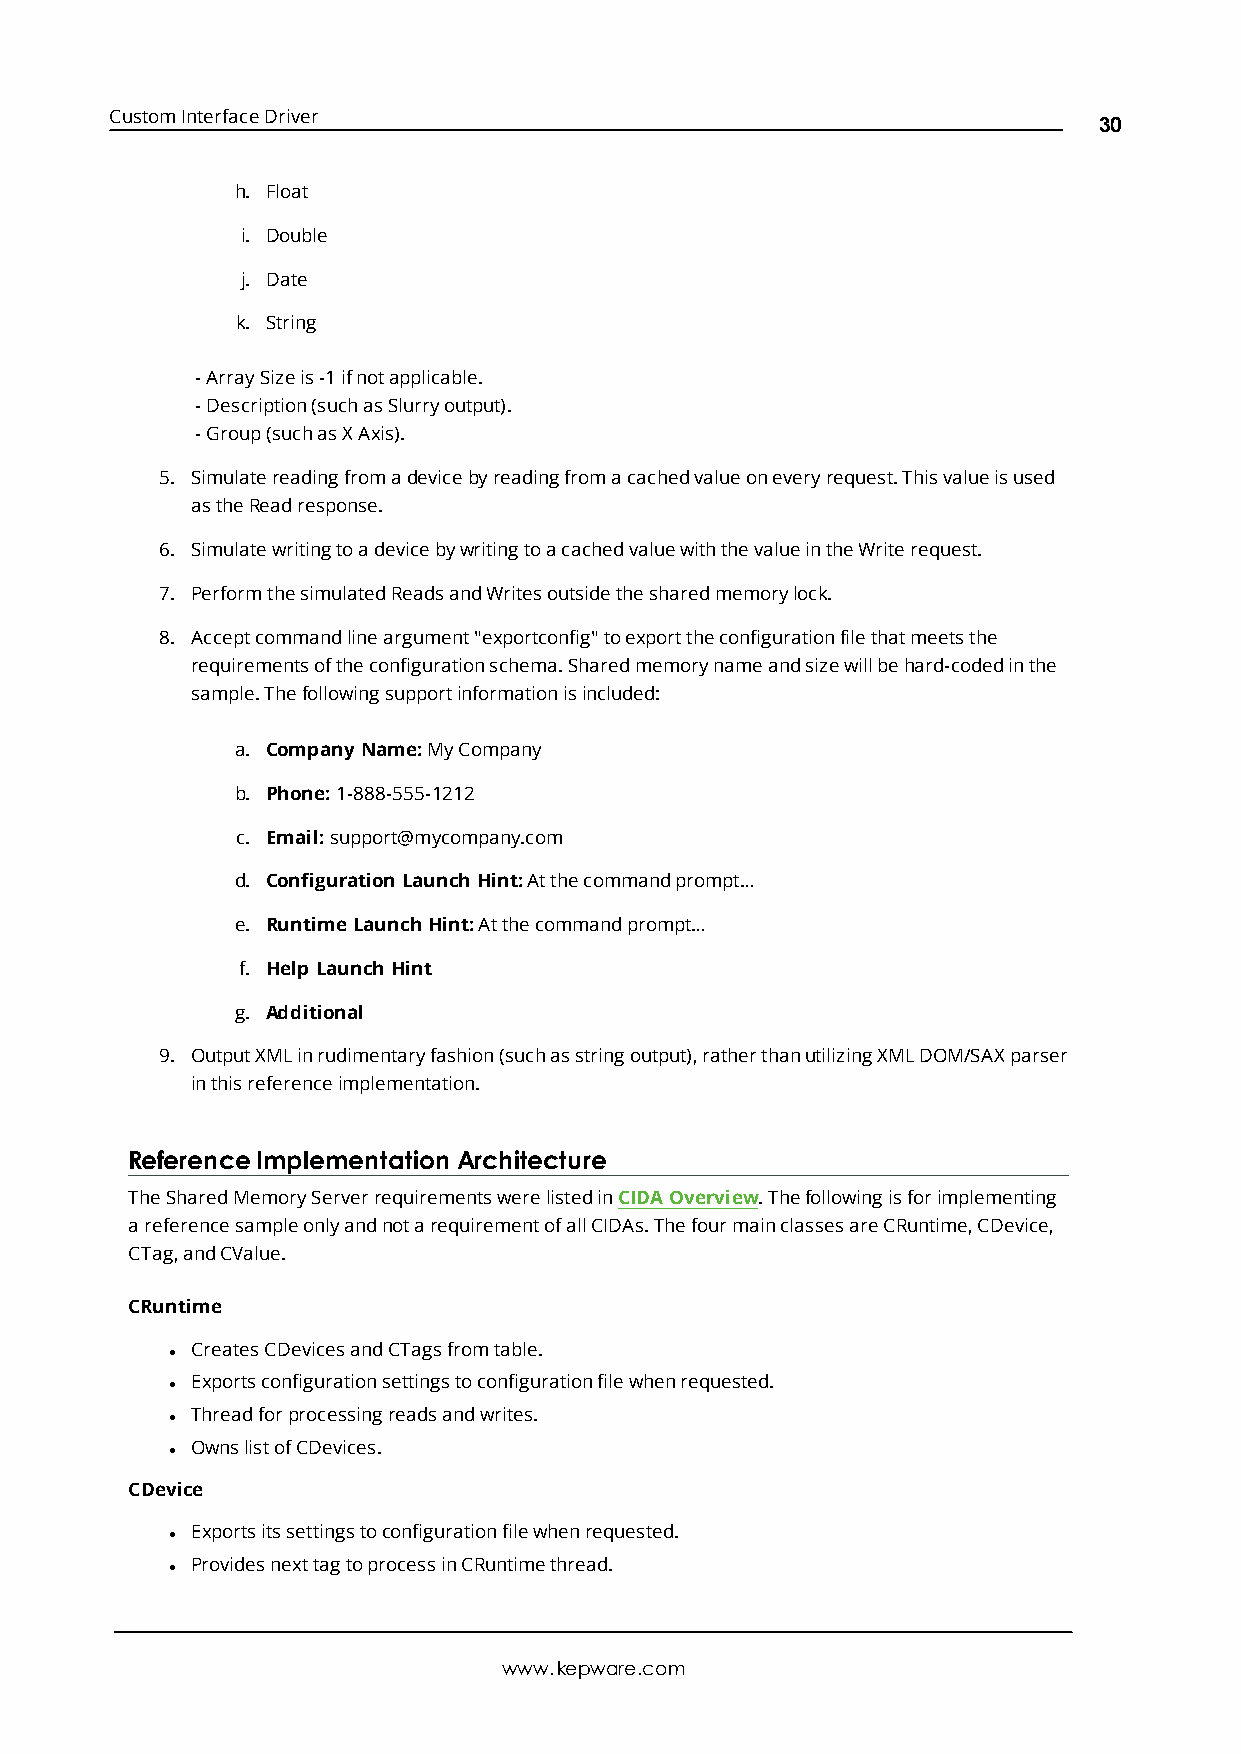
CustomInterfaceDriver
 30
 h. Float
 i. Double
 j. Date
 k. String
 -ArraySizeis-1ifnotapplicable.
 -Description(suchasSlurryoutput).
 -Group(suchasXAxis).
 5. Simulatereadingfromadevicebyreadingfromacachedvalueoneveryrequest.Thisvalueisused
 astheReadresponse.
 6. SimulatewritingtoadevicebywritingtoacachedvaluewiththevalueintheWriterequest.
 7. PerformthesimulatedReadsandWritesoutsidethesharedmemorylock.
 8. Acceptcommandlineargument"exportconfig"toexporttheconfigurationfilethatmeetsthe
 requirementsoftheconfigurationschema.Sharedmemorynameandsizewillbehard-codedinthe
 sample.Thefollowingsupportinformationisincluded:
 a. Company Name:MyCompany
 b. Phone:1-888-555-1212
 c. Email:support@mycompany.com
 d. Configuration Launch Hint:Atthecommandprompt…
 e. RuntimeLaunch Hint:Atthecommandprompt…
 f. Help Launch Hint
 g. Additional
 9. OutputXMLinrudimentaryfashion(suchasstringoutput),ratherthanutilizingXMLDOM/SAXparser
 inthisreferenceimplementation.
 ReferenceImplementation Architecture
 TheSharedMemoryServerrequirementswerelistedinCIDAOverview.Thefollowingisforimplementing
 areferencesampleonlyandnotarequirementofallCIDAs.ThefourmainclassesareCRuntime,CDevice,
 CTag,andCValue.
 CRuntime
 CreatesCDevicesandCTagsfromtable.
 l
 Exportsconfigurationsettingstoconfigurationfilewhenrequested.
 l
 Threadforprocessingreadsandwrites.
 l
 OwnslistofCDevices.
 l
 CDevice
 Exportsitssettingstoconfigurationfilewhenrequested.
 l
 ProvidesnexttagtoprocessinCRuntimethread.
 l
 www.kepware.com